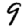
Digit: 9